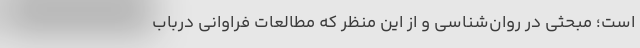
است؛ مبحثی‌ در روان‌شناسی و از این منظر که مطالعات فراوانی دربابِ